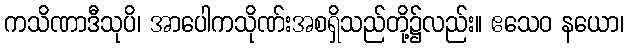
ကသိဏာဒီသုပိ၊ အာပေါကသိုဏ်းအစရှိသည်တို့၌လည်း။ ဧသေဝ နယော၊